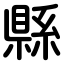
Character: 縣